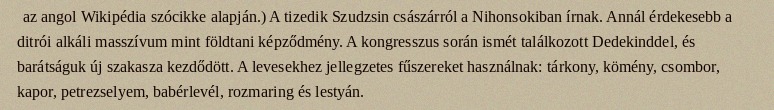
az angol Wikipédia szócikke alapján.) A tizedik Szudzsin császárról a Nihonsokiban írnak. Annál érdekesebb a ditrói alkáli masszívum mint földtani képződmény. A kongresszus során ismét találkozott Dedekinddel, és barátságuk új szakasza kezdődött. A levesekhez jellegzetes fűszereket használnak: tárkony, kömény, csombor, kapor, petrezselyem, babérlevél, rozmaring és lestyán.